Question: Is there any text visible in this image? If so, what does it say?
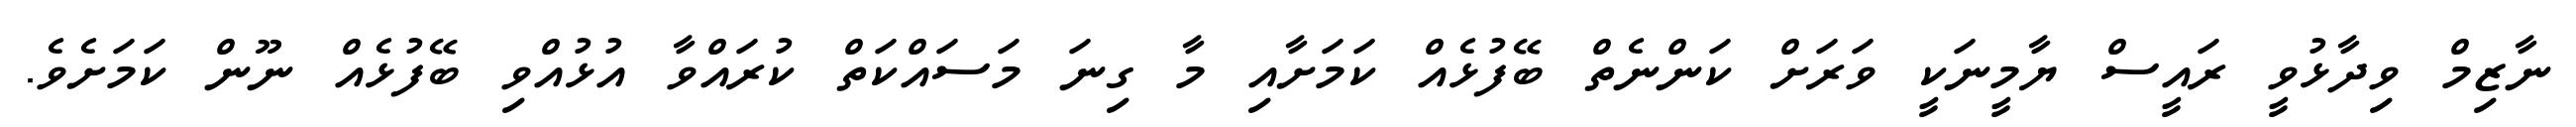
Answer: ނާޒިމް ވިދާޅުވީ ރައީސް ޔާމީނަކީ ވަރަށް ކަންނެތް ބޭފުޅެއް ކަމަށާއި މާ ގިނަ މަސައްކަތް ކުރައްވާ އުޅުއްވި ބޭފުޅެއް ނޫން ކަމަށެވެ.